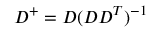
D ^ { + } = D ( D D ^ { T } ) ^ { - 1 }